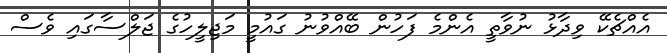
އެއްޗެކޭ ވިދާޅު ނުވާތީ އެންމެ ފަހުން ބޭއްވުނު ގައުމީ މަޖިލީހުގެ ޖަލްސާގައި ވެސް